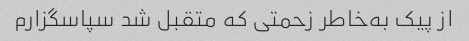
از پیک به‌خاطر زحمتی که متقبل شد سپاسگزارم